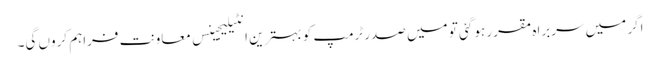
اگر میں سربراہ مقرر ہو گئی تو میں صدر ٹرمپ کو بہترین انٹیلیجینس معاونت فراہم کروں گی۔